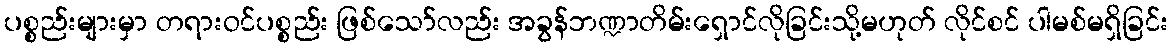
ပစ္စည်းများမှာ တရားဝင်ပစ္စည်း ဖြစ်သော်လည်း အခွန်ဘဏ္ဍာတိမ်းရှောင်လိုခြင်းသို့မဟုတ် လိုင်စင် ပါမစ်မရှိခြင်း